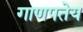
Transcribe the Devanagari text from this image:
गाणपतेय